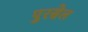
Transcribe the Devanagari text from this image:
पुरसेल